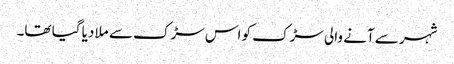
شہر سے آنے والی سڑک کو اس سڑک سے ملا دیا گیا تھا۔